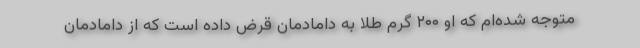
متوجه شده‌ام که او ۲۰۰ گرم طلا به دامادمان قرض داده است که از دامادمان